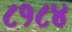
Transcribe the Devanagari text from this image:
८१८४